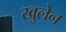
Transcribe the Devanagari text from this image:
खुलेन